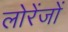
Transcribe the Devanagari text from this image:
लोरेंजों